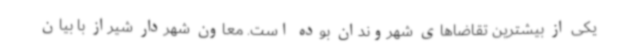
یکی از بیشترین تقاضاهای شهروندان بوده است. معاون شهردار شیراز با بیان